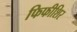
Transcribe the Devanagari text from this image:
फिफीशिर